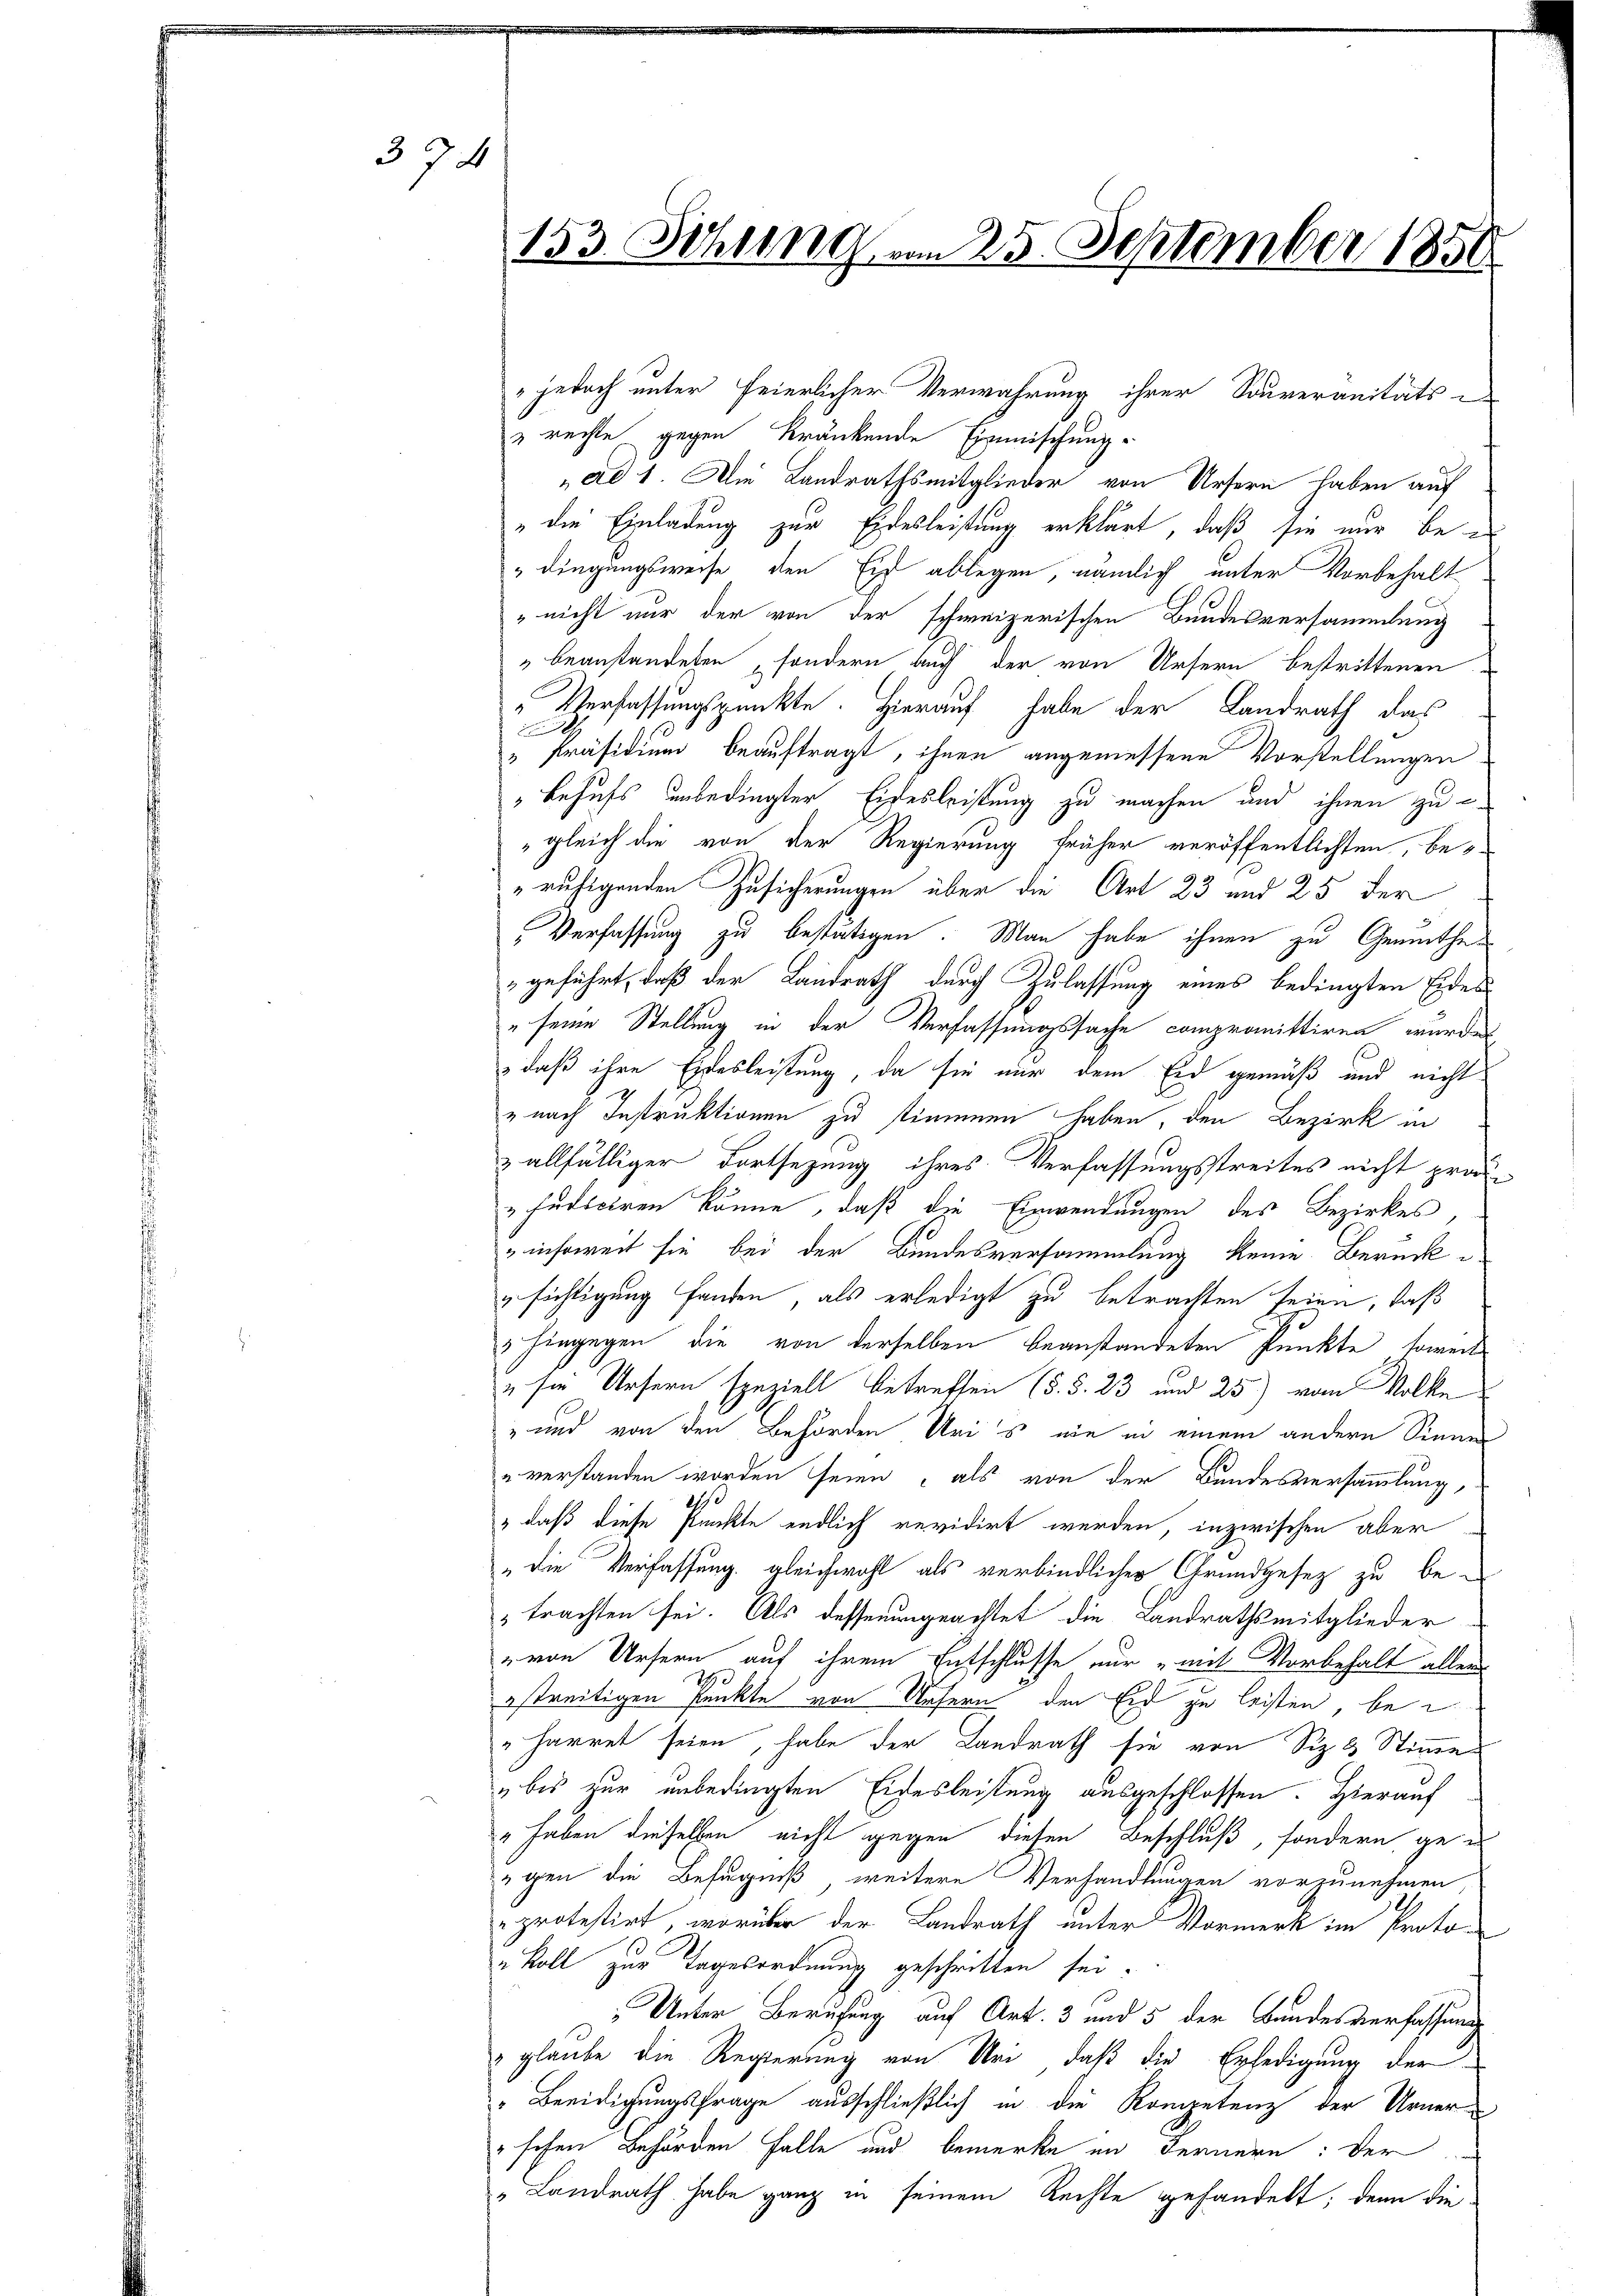
374

153. Sitzung am 25. September 1850

jedoch unter feierlicher Verwahrung ihrer Souveranitäts-
& rechte gegen kränkende Einmischung.
ad 1. Die Landrathsmitglieder von Ursern haben auf
" die Einladung zur Eidesleistung erklärt, daß sie nur be¬
" dingungsweise den Eid ablegen, nämlich unter Vorbehalt
" nicht nur der von der schweizerischen Bundesversammlung
beanstandeten sondern auch der von Ursern bestrittenen
Verfassungspunkte. Hierauf habe der Landrath das
" Präsidium beauftragt, ihnen angemessene Vorstellungen
"Behufs unbedingter Eidesleistung zu machen und ihnen zu e
gleich die von der Regierung früher veröffentlichten, beruhigenden Zusicherungen über die Art 23 und 25 der
„Verfassung zu bestätigen. Man habe ihnen zu Gemüthe
geführt, daß der Landrath durch Zulassung eines bedingten Eides
" seine Stellung in der Verfassungssache compromittiren wurde,
daß ihre Eidesleistung, da sie nur dem Eid gemäß und nicht
" nach Instruktionen zu stimmen haben, den Bezirk in
& allfälliger Fortsezung ihres Verfassungsstreites nicht pros
„Judiciren könne, daß die Einwendungen des Bezirkes
insoweit sie bei der Bundesversammlung keine Berück¬
„sichtigung fanden, als erledigt zu betrachten seien, daß
3 hingegen die von derselben beanstandeten Punkte, soweit
" sie Ursern speziell betreffen (§. §. 23 und 25) vom Volke
" und von den Behörden Uris nie in einem andern Sinne
u verstanden worden seien, als von der Bundesversammlung,
1
" daß diese Punkte endlich revidirt werden, inzwischen aber
" die Verfassung gleichwohl als verbindlicher Grundgesez zu be-
trachten sei. Als dessenungeachtet die Landrathsmitglieder¬
" von Ursern auf ihrem Entschlusse nur „mit Vorbehalt aller
estreitigen Punkte von Ursern den Eid zu leisten, bei
harret seien, habe der Landrath sie von Siz 3 Stimme
bis zur unbedingten Eidesleistung ausgeschlossen. Hierauf
" haben dieselben nicht gegen diesen Beschluß, sondern geegen die Befugniß weitere Verhandlungen vorzunehmen,
protestirt, worüber der Landrath unter Vormerk im Proto-
koll zur Tagesordnung geschritten sei.
Unter Berufung auf Art. 3 und 5 der Bandesverfassung
" glaube die Regierung von Uri, daß die Erledigung der
" Beeidigungsfrage ausschließlich in die Kompetenz der Urner¬
" schen Behörden Falle und bemerke in Fernern: der
" Landrath habe ganz in seinem Rechte gehandelt, denn die